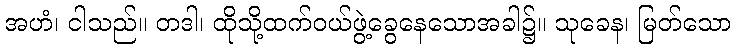
အဟံ၊ ငါသည်။ တဒါ၊ ထိုသို့ထက်ဝယ်ဖွဲ့ခွေနေသောအခါ၌။ သုခေန၊ မြတ်သော